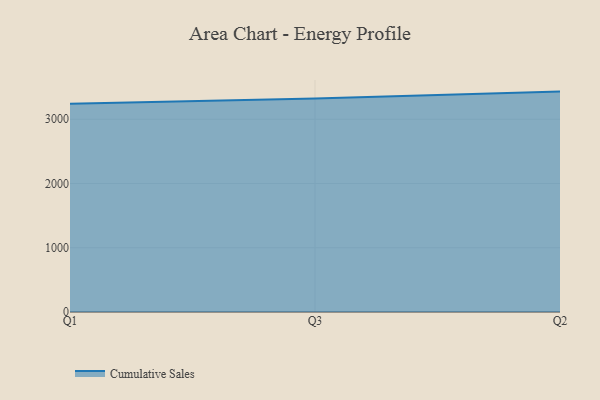
{"axis": {"x": "Quarter", "y": "Website Visitors"}, "legend": ["Cumulative Sales"], "data": [{"x": "Q1", "y": 3239.9, "type": "Cumulative Sales"}, {"x": "Q3", "y": 3323.4, "type": "Cumulative Sales"}, {"x": "Q2", "y": 3430.5, "type": "Cumulative Sales"}]}